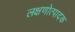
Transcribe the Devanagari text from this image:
लक्षणोत्पादक